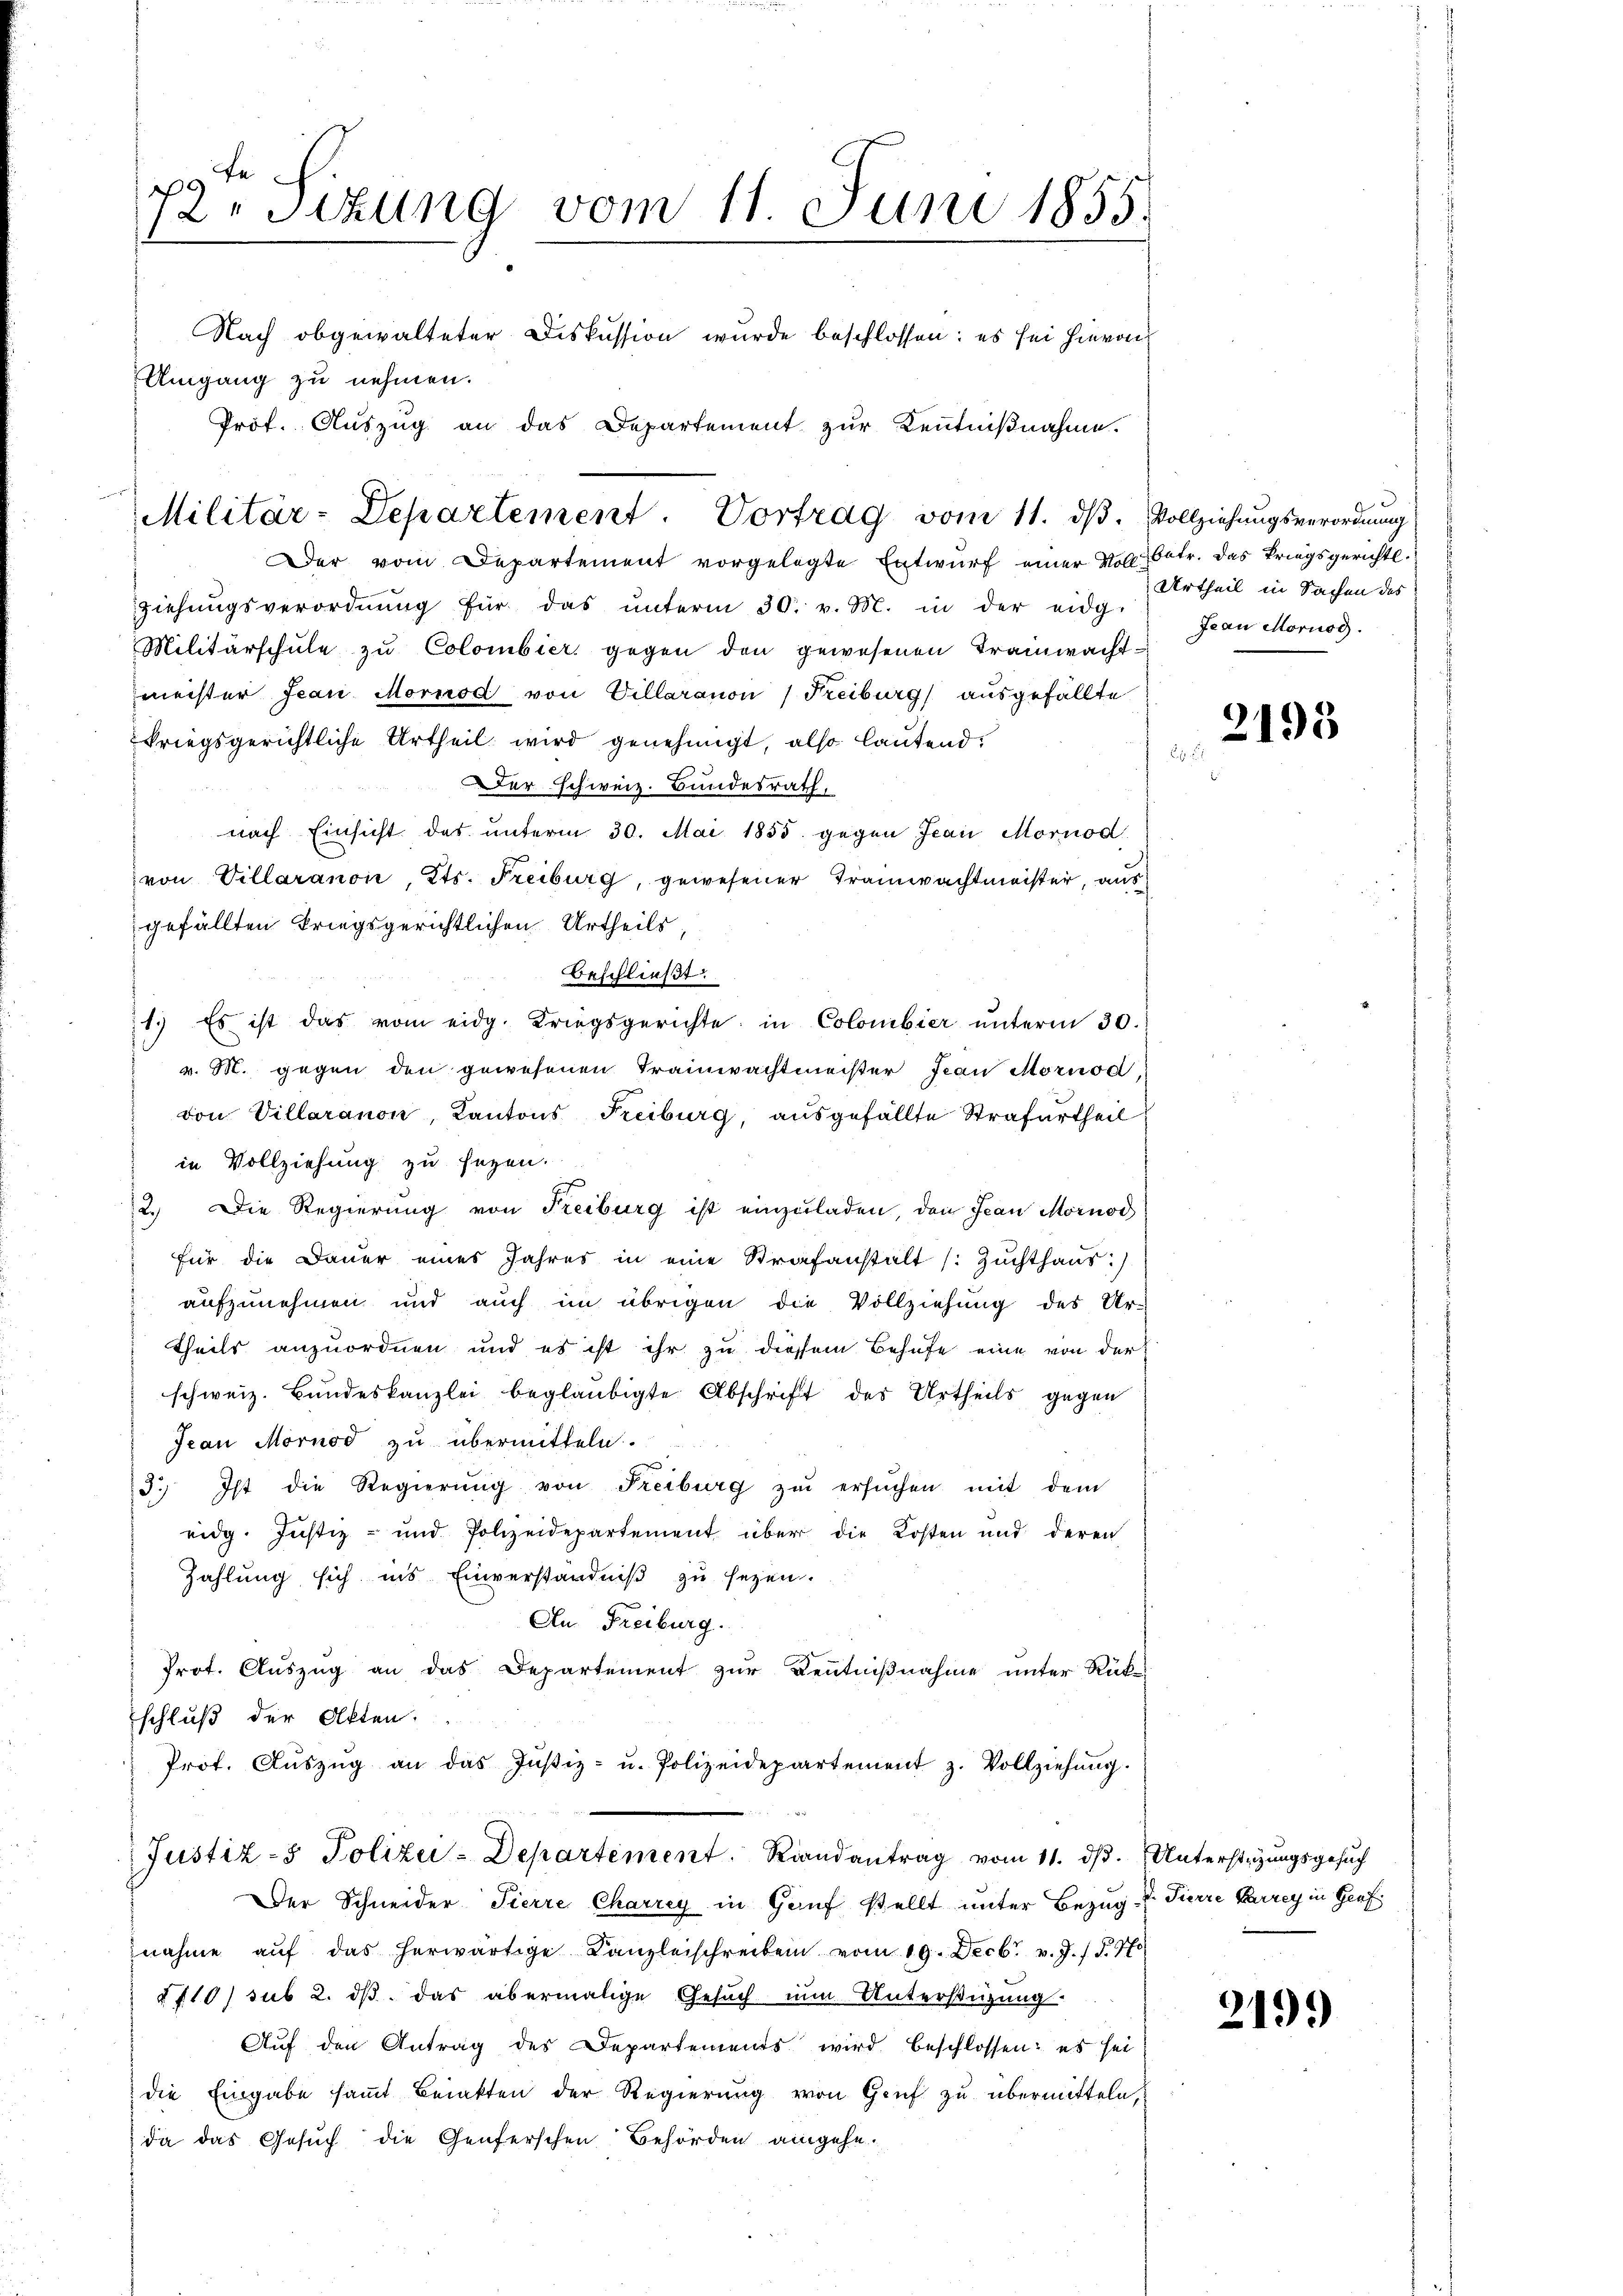
29 te
12. Sizung vom 11. Juni 1855.
Nach obgewalteter Diskussion wurde beschlossen: es sei hievon
Umgang zu nehmen.
Prof. Auszug an das Departement zur Kenntnißnahme.

Militär-Departement. Vortrag vom 11. dβ. Vollziehungsverordnung

Der vom Departement vorgelegte Entwurf einer Voll betr. das Kriegsgerichtl
ziehŭngsverordnŭng für das ŭnterm 30. v. M. in der eidg. Jean Mornos.
Militärschŭle zŭ Colombier gegen den gewesenen Trainwachtmeister Jean Mornod von Villaranon (Freiburg aŭsgefällte
kriegsgerichtliche Urtheil wird genehmigt, also lautend.
Der schweiz. Bundesrath,
nach Einsicht des ŭnterm 30. Mai 1855 gegen Jean Mornod
von Villaranon, Kts. Freiburg, gewesener Trainwachtmeister, aus
gefällten kriegsgerichtlichen Urtheils
Beschließt:
1.) Es ist das vom eidg. Kriegsgerichte in Colombier ŭnterm 30.)
v. M. gegen den gewesenen Trainwachtmeister Jean Mornod,
von Villaranon, Kantons Freiburg, aŭsgefällte Strafartheil
in Vollziehung zu seyen.
2.) Die Regierung von Freiburg ist einzŭladen, den Jean Mornod
für die Dauer eines Jahres in eine Strafanstalt (Zuchthaŭs:)
aufzunehmen und auch im übrigen die Vollziehung des Ur-
Theils anzuordnen und es ist ihr zu diesem Behufe eine von der
schweiz. Bundeskanzlei beglaubigte Abschrift des Urtheils gegen
Jean Mornod zu übermitteln.
e
3.) Ist die Regierŭng von Freiburg zŭ ersŭchen mit dem
eidg. Justiz- und Polizeidepartement über die Kosten und deren
Zahlung sich ins Einverständniß zu sezen.
An Freiburg.
Prot. Auszug an das Departement zur Kenntnißnahme unter Rück-
schluß der Akten.
Prot. Aŭszŭg an das Justiz- u. Polizeidepartement z. Vollziehŭng.
Justiz- & Polizei-Departement. Raandantrag vom 11. ds. Unterstüzungsgesuch
Der Schneider Pierre Charrey in Genf stellt unter Bezug v. Tierre Parrey in Genf
nahme aŭf das herwärtige Canzleischreiben vom 19. Decbr. v. J. / §. 70
§110) sub 2. dβ das abermalige Gesuch nun Unterstüzung
Aŭf den Antrag des Departements wird beschlossen: es sei
die Eingabe sammt Beiakten der Regierung von Gruf zu übermitteln,
da das Gesuch die Genferschen Behörden eingehe.

Urtheil in Sachen des

2195

2199)